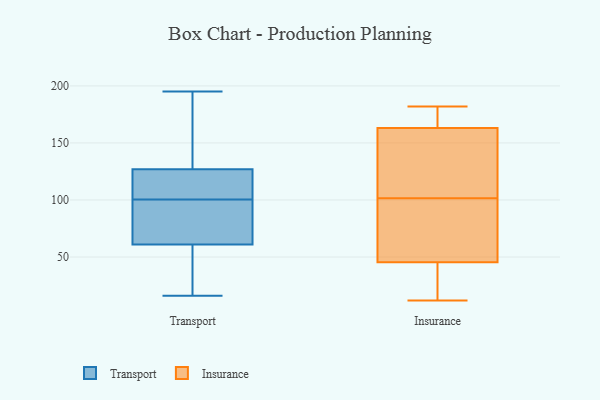
{"axis": {"x": "Churn Rate (%)", "y": "Value"}, "legend": ["Insurance", "Transport"], "data": [{"x": "", "y": 93, "type": "Transport"}, {"x": "", "y": 195, "type": "Transport"}, {"x": "", "y": 127, "type": "Transport"}, {"x": "", "y": 61, "type": "Transport"}, {"x": "", "y": 106, "type": "Transport"}, {"x": "", "y": 95, "type": "Transport"}, {"x": "", "y": 24, "type": "Transport"}, {"x": "", "y": 119, "type": "Transport"}, {"x": "", "y": 179, "type": "Transport"}, {"x": "", "y": 16, "type": "Transport"}, {"x": "", "y": 169, "type": "Insurance"}, {"x": "", "y": 102, "type": "Insurance"}, {"x": "", "y": 125, "type": "Insurance"}, {"x": "", "y": 100, "type": "Insurance"}, {"x": "", "y": 55, "type": "Insurance"}, {"x": "", "y": 159, "type": "Insurance"}, {"x": "", "y": 104, "type": "Insurance"}, {"x": "", "y": 172, "type": "Insurance"}, {"x": "", "y": 36, "type": "Insurance"}, {"x": "", "y": 182, "type": "Insurance"}, {"x": "", "y": 82, "type": "Insurance"}, {"x": "", "y": 15, "type": "Insurance"}, {"x": "", "y": 12, "type": "Insurance"}, {"x": "", "y": 97, "type": "Insurance"}, {"x": "", "y": 13, "type": "Insurance"}, {"x": "", "y": 101, "type": "Insurance"}, {"x": "", "y": 22, "type": "Insurance"}, {"x": "", "y": 176, "type": "Insurance"}, {"x": "", "y": 152, "type": "Insurance"}, {"x": "", "y": 167, "type": "Insurance"}]}